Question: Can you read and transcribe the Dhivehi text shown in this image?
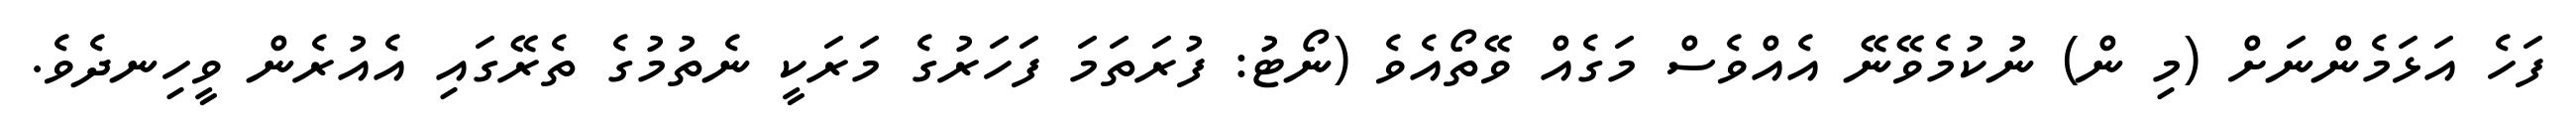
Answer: ފަހެ އަޅަމެންނަށް (މި ން) ނުކުމެވޭނޭ އެއްވެސް މަގެއް ވޭތޯއެވެ (ނޯޓު: ފުރަތަމަ ފަހަރުގެ މަރަކީ ނެތުމުގެ ތެރޭގައި އެއުރެން ވީހިނދެވެ.